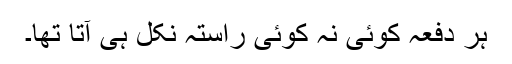
ہر دفعہ کوئی نہ کوئی راستہ نکل ہی آتا تھا۔